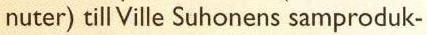
nuter) till Ville Suhonens samproduk-